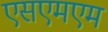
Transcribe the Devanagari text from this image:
एसएमएम